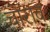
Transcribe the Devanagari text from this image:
चोराव